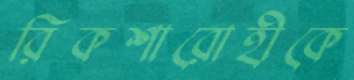
রিকশারোহীকে